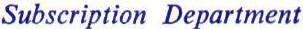
Subscription Department